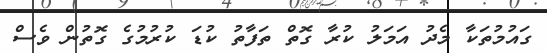
ގައުމުތަކާ މެދު އަމަލު ކުރާ ގޮތް ތަފާތު ކުޑަ ކުރުމުގެ ގޮތުން ވެސް